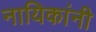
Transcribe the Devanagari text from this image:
नायिकांनी